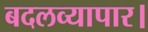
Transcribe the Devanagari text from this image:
बदलव्यापार।